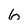
Character: 6